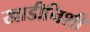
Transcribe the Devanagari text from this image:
खाडीनिशी